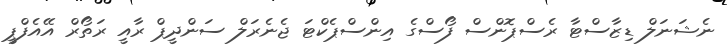
ނެޝަނަލް ޑިޒާސްޓާ ރެސްޕޮންސް ފޯސްގެ އިންސްޕެކްޓަ ޖެނެރަލް ސަންދީޕް ރާއީ ރަތޯރް އޭއެފްޕީ